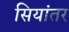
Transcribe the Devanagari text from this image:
सियांतर